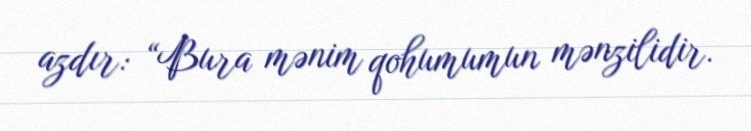
azdır: “Bura mənim qohumumun mənzilidir.